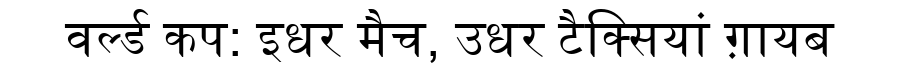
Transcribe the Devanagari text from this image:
वर्ल्ड कप: इधर मैच, उधर टैक्सियां ग़ायब